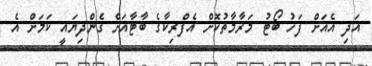
އަދި އެއަށް ފަހު ބޯޓު މަރާމާތުކޮށް އެފްރިކާގެ ބާޓާއަށް ގެންދިޔައީ ކަމަށް އެ